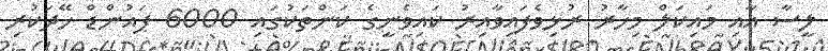
ލީސާ އާއި މައިކަލް މިހާރު ރުޅިވެފައިވާއިރު ކައިވެނީގެ ކަންތަކުގައި 6000 ޕައުންޑް ހޭދަކުރި